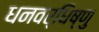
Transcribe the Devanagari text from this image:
धनवर्धिष्णु